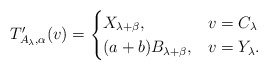
\begin{align*} T'_{A_\lambda,\alpha}(v)=\begin{cases} X_{\lambda+\beta}, & v=C_\lambda\\ (a+b)B_{\lambda+\beta}, & v=Y_\lambda. \end{cases}\end{align*}